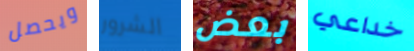
ويحصل الشرور بعض خداعي